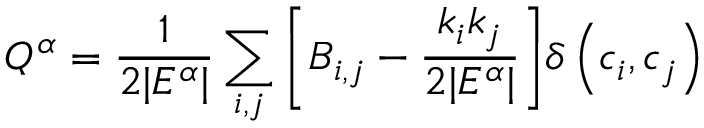
\displaystyle Q ^ { \alpha } = \frac { 1 } { 2 | E ^ { \alpha } | } \sum _ { i , j } { \left[ B _ { i , j } - \frac { k _ { i } k _ { j } } { 2 | E ^ { \alpha } | } \right] } \delta \left( c _ { i } , c _ { j } \right)